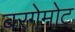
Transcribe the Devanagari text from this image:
बरगेमोट